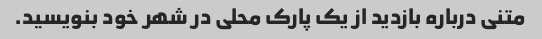
متنی درباره بازدید از یک پارک محلی در شهر خود بنویسید.